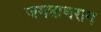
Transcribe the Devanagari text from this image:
जगन्नाथराय